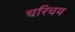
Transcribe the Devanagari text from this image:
चरिचय